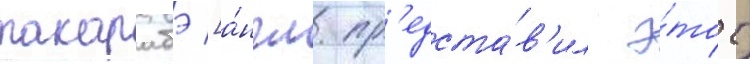
такарабэ [а́нгл. пр'едста́в'ил э́тот